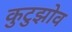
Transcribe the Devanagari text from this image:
कुटुझोव